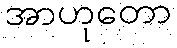
အာဟုတော